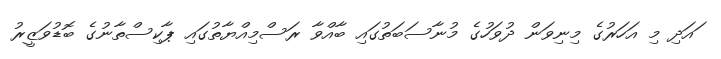
ައަދި މި އަހަރުގެ މިނިވަން ދުވަހުގެ މުނާސަބަތުގައި ބާއްވާ ރަސްމިއްޔާތުގައި ޕާކިސްތާނުގެ ބޮޑުވަޒީރު